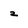
Character: z